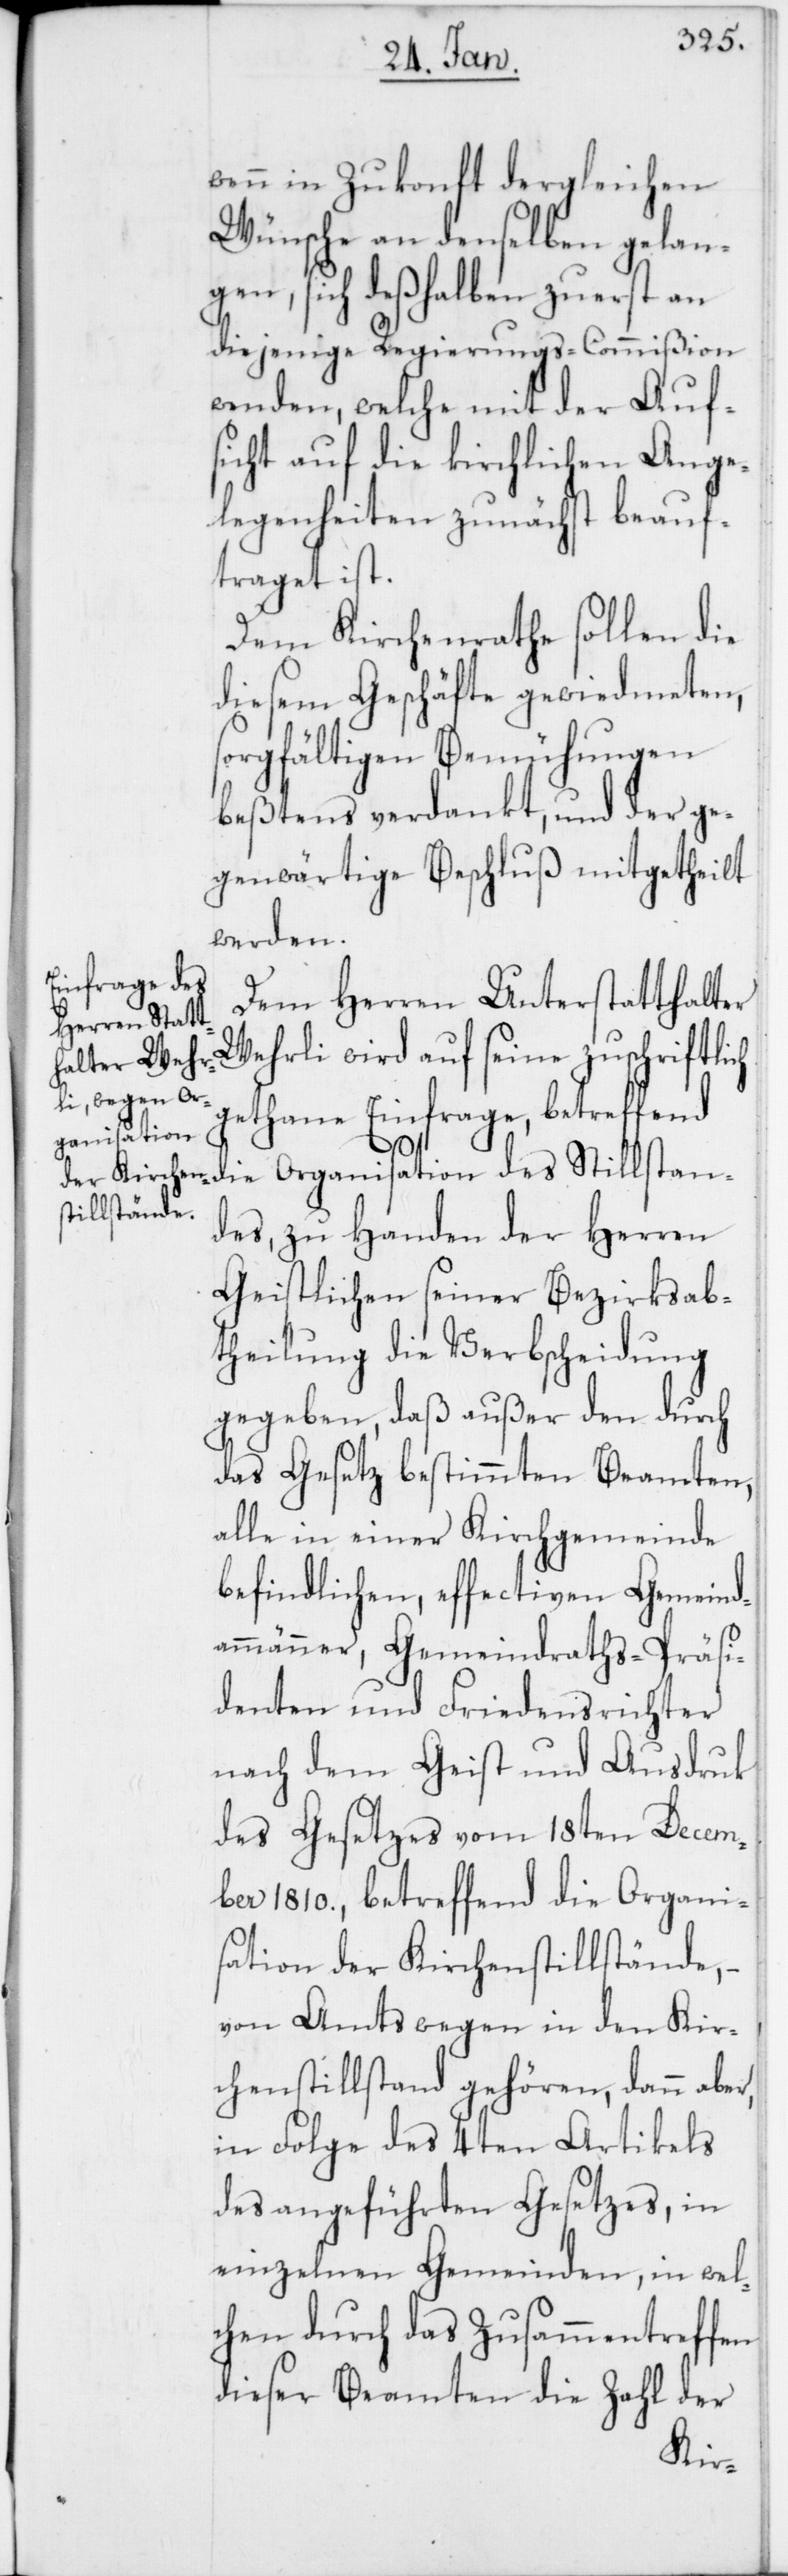
wenn in Zukonft dergleichen
Wünsche an denselben gelan¬
gen, sich deshalben zuerst an
diejenige Regierungs-Commißion
wenden, welche mit der Auf¬
sicht auf die kirchlichen Ange¬
legenheiten zunächst beauf¬
traget ist.
Dem Kirchenrathe sollen die
diesem Geschäfte gewiedmeten,
sorgfältigen Bemühungen
beßtens verdankt, und der ge¬
genwärtige Beschluß mitgetheilt
werden.
Dem Herren Unterstatthalter
Wehrli wird auf seine zuschriftlich
gethane Einfrage, betreffend
die Organisation des Stillstan¬
des, zu Handen der Herren
Geistlichen seiner Bezirksab¬
theilung die Verbscheidung
gegeben, daß außer den durch
das Gesetz bestimmten Beamten,
alle in einer Kirchgemeinde
befindlichen, effectiven Gemeind¬
ammänner, Gemeindraths-Präsi¬
denten und Friedensrichter
nach dem Geist und Ausdruk
des Gesetzes vom 18ten Decem¬
ber 1810., betreffend die Organi¬
sation der Kirchenstillstände,
von Amts wegen in den Kir¬
chenstillstand gehören, dann aber,
in Folge des 4ten Artikels
des angeführten Gesetzes, in
einzelnen Gemeinden, in wel¬
chen durch das Zusammentreffen
dieser Beamten die Zahl der